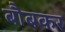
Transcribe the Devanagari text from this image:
बौबकर